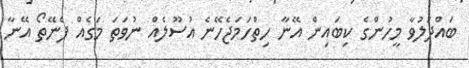
ބައްދަލުވާ މީހުންގެ ކިބައިން އޭނާ ހިތްހަމަޖެހޭނެ އުސޫލެއް ނުވަތަ މަގެއް ފެނޭތޯ އޭނާ